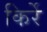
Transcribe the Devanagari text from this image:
किर्रे